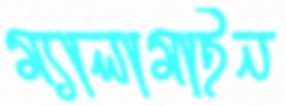
ম্যালামাইন